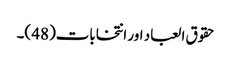
حقوق العباد اور انتخابات(48 )۔